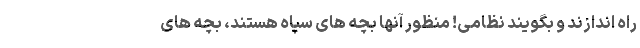
راه اندازند و بگویند نظامی! منظور آنها بچه های سپاه هستند، بچه های